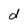
Character: d